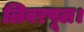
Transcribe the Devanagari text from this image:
लिवरपूल।